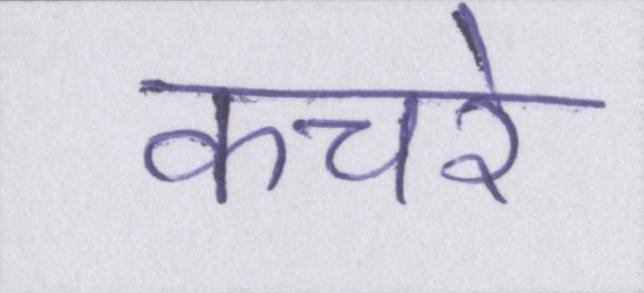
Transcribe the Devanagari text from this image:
कचरे